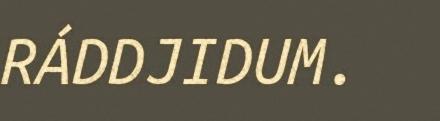
RÁDDJIDUM.